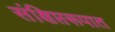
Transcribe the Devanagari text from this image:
संक्षिप्तरूपात